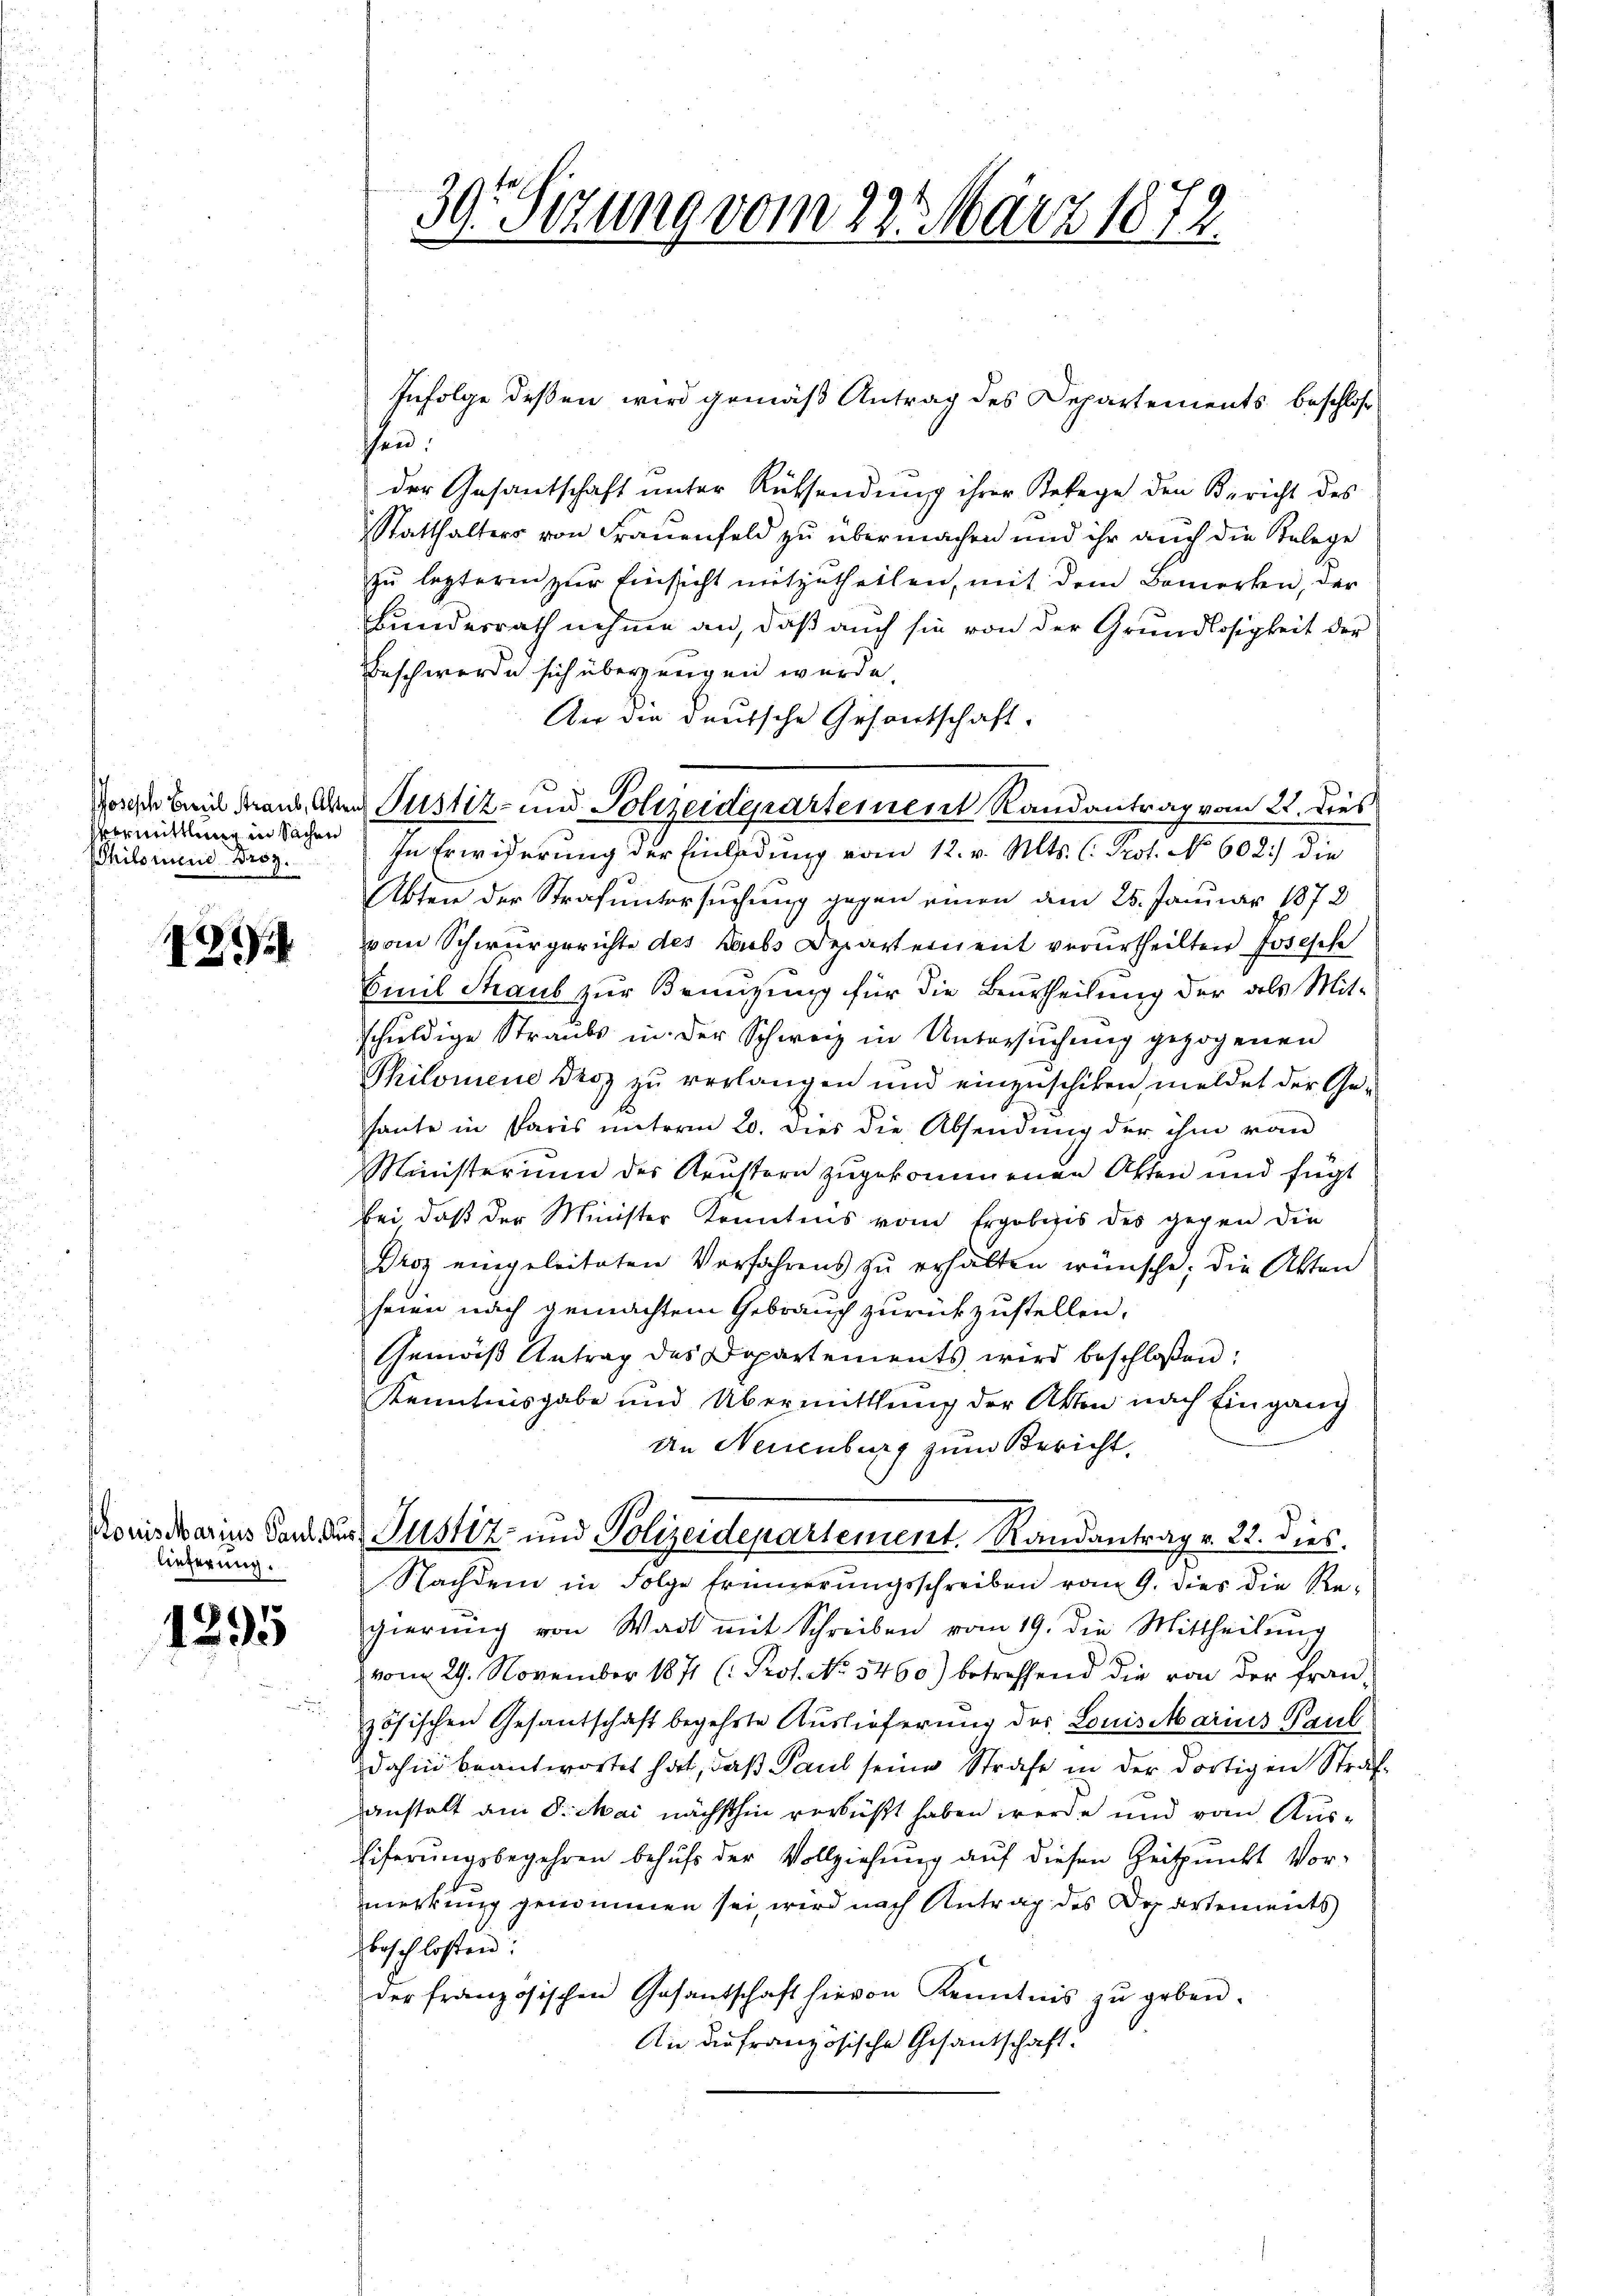
Vermittlung in Sachen
Philorene Broz.

12

lieferung.

1295

Infolge deßen wird gemäß Antrag des Departements beschloßhen.
der Gesantschaft unter Rüksendung ihrer Belege den Bericht des
Statthalters von Frauenfeld zu übermachen und ihr auch die Relege
zu lezteren zur Einsicht mitzutheilen, mit dem Bemerken, der
Bundesrath nehme an, daß auch sie von der Grundlosigkeit der
Beschwerde sich überzeugen wurde.
An die deutsche Gesantschaft.
Vorsche Bei Graub aber Justiz- und Polizeidepartement Randantrag vom 21. dies
In Erwiderung der Einladung vom 12. v. Mts. l. Pest. No 602.) die
Abten der Strafuntersuchung gegen einen am 25. Januar 1872
vom Schwurgerichte des Laubs Departement verurtheilten Josische
Emil Straub zur Benuzung für die Beurtheilung der als Mitschuldige Straubs in der Schweiz in Untersuchung gezogenen
Philomene Droz zu verlangen und einzuschiken, meldet der Gehaute in Paris unterm 20. Dies die Absendung der ihm von
Ministerium des Keustern zugekommenen Akten und fügt
bei daß der Minister Kenntnis vom Ergobizis des gegen die
Dros eingeleiteten Verfahrens zu erhalten wünsche; die Akten
heien nach gemachtem Gebrauch zurückzustellen.
Gemäß Antrag des Departements wird beschloßen:
Kenntnisgabe und Übermittlung der Akten nach Eingang
An Neuenburg zum Bericht,
Nouissarius Sand der Justiz- und Polizeidepartement. Randantrag v. 22. Dies.
Nachdem in Folge Erinnerungsschreiben vom 9. dies die Re-
gierŭng von Wadt mit Schreiben vom 19. die Mittheilŭng
 vom 29. November 1871 (: Prof. No. 5460.) betreffend die von der Französischen Gesantschaft begehrte Auslieferung der Louis Marius Paul
dahin beantwortet hat, daß Paul seine Strafe in der dortigen Strafanstalt am 8. Mai nächsthin verbüßt haben werde und vom Aus¬
Eiferŭngsbegehren behŭfs der Vollziehŭng aŭf diesen Zeitpunkt Vor-
merkung genommen sei, wird nach Antrag des Departements
beschlossen:
der französischen Gesantschaft hievon Kenntnis zŭ geben.
An die Französische Gesandschaft.

39. Sizung vom 22. März 1872.